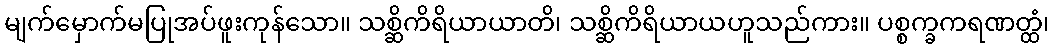
မျက်မှောက်မပြုအပ်ဖူးကုန်သော။ သစ္ဆိကိရိယာယာတိ၊ သစ္ဆိကိရိယာယဟူသည်ကား။ ပစ္စက္ခကရဏတ္ထံ၊